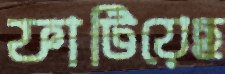
ফাটিয়েছ